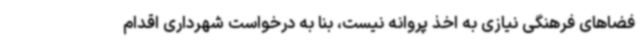
فضاهای فرهنگی نیازی به اخذ پروانه نیست، بنا به درخواست شهرداری اقدام